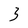
Character: 3